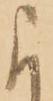
に